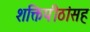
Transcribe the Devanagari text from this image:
शक्तिपीठांसह